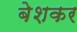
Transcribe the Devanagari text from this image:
बेशकर